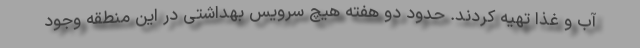
آب و غذا تهیه کردند. حدود دو هفته هیچ سرویس بهداشتی در این منطقه وجود